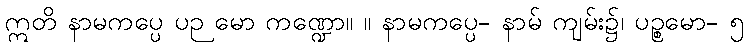
ဣတိ နာမကပ္ပေ ပဉ မော ကဏ္ဍော။ ။ နာမကပ္ပေ- နာမ် ကျမ်း၌၊ ပဉ္စမော- ၅